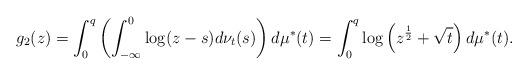
LaTeX: \begin{align*} g_{2}(z) & = \int_0^q \left( \int_{-\infty}^0 \log(z-s) d\nu_t(s) \right) d\mu^*(t) = \int_{0}^{q} \log\left(z^{\frac{1}{2}}+\sqrt{t}\right) d\mu^*(t). \end{align*}